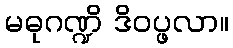
မဓုဂဏ္ဍိ ဒိဝပ္ဖလာ။